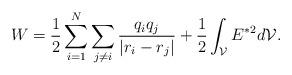
LaTeX: \begin{align*}W=\frac{1}{2}\sum^{N}_{i=1}\sum_{j\neq i}\frac{q_i q_j}{\vert r_i-r_j\vert}+\frac{1}{2}\int_{\cal V} E^{{\ast}2} d{\cal V}.\end{align*}